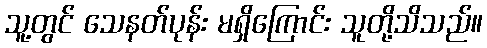
သူ့တွင် သေနတ်ပုန်း မရှိကြောင်း သူတို့သိသည်။